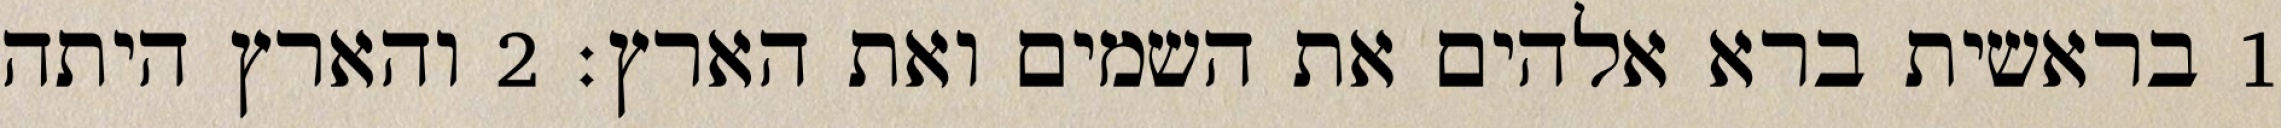
1 בראשית ברא אלהים את השמים ואת הארץ׃ ‎2‏ והארץ היתה